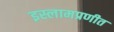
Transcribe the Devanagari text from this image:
इस्लामप्रणीत